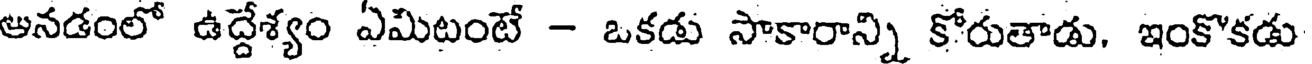
అనడంలో ఉద్దేశ్యం ఏమిటంటే - ఒకడు సాకారాన్ని కోరుతాడు, ఇంకొకడు